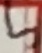
Text: 5